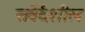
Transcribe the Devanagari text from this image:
सवेंदेंशील